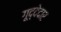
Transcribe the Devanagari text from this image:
गूद्देदार